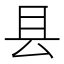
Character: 县